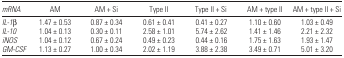
<table><thead><tr><td><b><i>mRNA</i></b></td><td><b>AM</b></td><td><b>AM + Si</b></td><td><b>Type II</b></td><td><b>Type II + Si</b></td><td><b>AM + type II</b></td><td><b>AM + type II + Si</b></td></tr></thead><tbody><tr><td><i>IL-1</i>β</td><td>1.47 ± 0.53</td><td>0.87 ± 0.34</td><td>0.61 ± 0.41</td><td>0.41 ± 0.27</td><td>1.10 ± 0.60</td><td>1.03 ± 0.49</td></tr><tr><td><i>IL-10</i></td><td>1.04 ± 0.13</td><td>0.30 ± 0.11</td><td>2.58 ± 1.01</td><td>5.74 ± 2.62</td><td>1.41 ± 1.46</td><td>2.21 ± 2.32</td></tr><tr><td><i>iNOS</i></td><td>1.04 ± 0.12</td><td>0.67 ± 0.24</td><td>0.49 ± 0.23</td><td>0.44 ± 0.16</td><td>1.75 ± 1.63</td><td>1.93 ± 1.47</td></tr><tr><td><i>GM-CSF</i></td><td>1.13 ± 0.27</td><td>1.00 ± 0.34</td><td>2.02 ± 1.19</td><td>3.88 ± 2.38</td><td>3.49 ± 0.71</td><td>5.01 ± 3.20</td></tr></tbody></table>